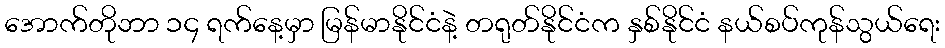
အောက်တိုဘာ ၁၄ ရက်နေ့မှာ မြန်မာနိုင်ငံနဲ့ တရုတ်နိုင်ငံက နှစ်နိုင်ငံ နယ်စပ်ကုန်သွယ်ရေး